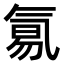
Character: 𣱢